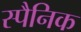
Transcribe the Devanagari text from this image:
स्पैनिक